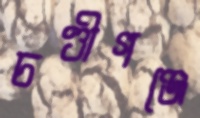
চণ্ডীগঞ্জে